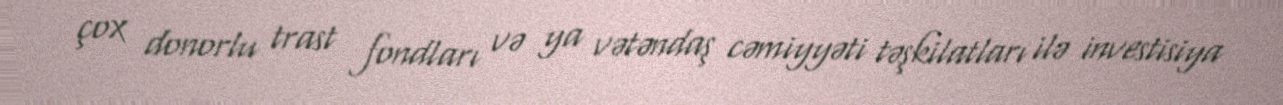
çox donorlu trast fondları və ya vətəndaş cəmiyyəti təşkilatları ilə investisiya